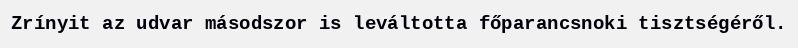
Zrínyit az udvar másodszor is leváltotta főparancsnoki tisztségéről.